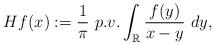
LaTeX: \begin{align*}Hf(x):=\frac{1}{\pi}\ p.v.\int_{\mathbb R}\frac{f(y)}{x-y}\ dy,\end{align*}